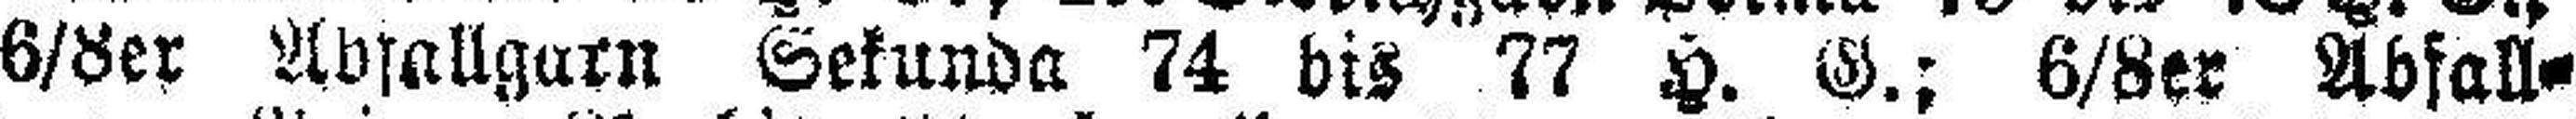
6/8er Abfallgarn Sekunda 74 bis 77 H. G.; 6/8er Abfall¬